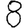
Digit: 8